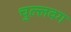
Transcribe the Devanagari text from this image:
चुल्लवग